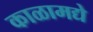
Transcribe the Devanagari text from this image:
काळामद्ये